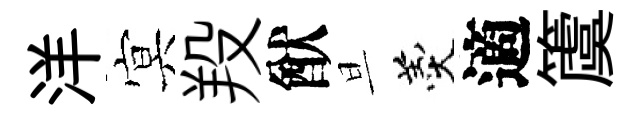
洋㝠羖猷旦羹適𥵂